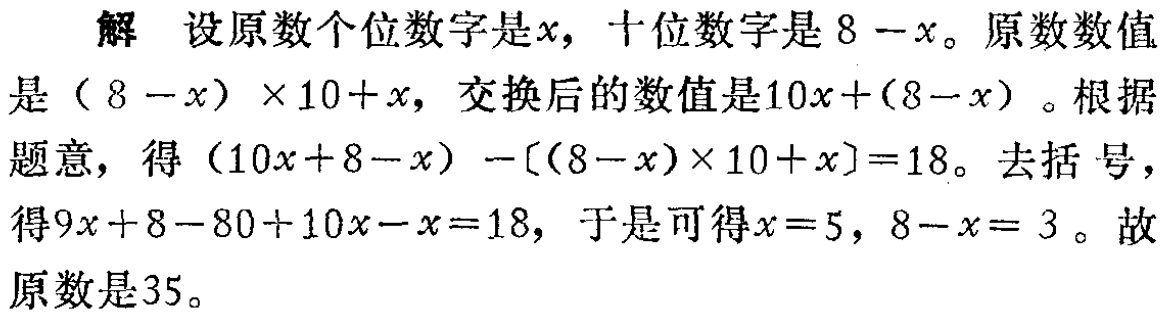
解 设原数个位数字是\(x\)，十位数字是\(8 - x\)。原数数值是\((8 - x) \times 10 + x\)，交换后的数值是\(10x + (8 - x)\)。根据题意，得\((10x + 8 - x) - [(8 - x) \times 10 + x]=18\)。去括号，得\(9x + 8 - 80 + 10x - x = 18\)，于是可得\(x = 5\)，\(8 - x = 3\)。故原数是\(35\)。